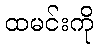
ထမင်းကို